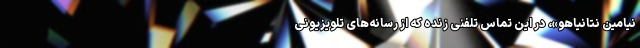
نیامین نتانیاهو»، در این تماس تلفنی زنده که از رسانه‌های تلویزیونی